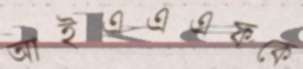
আইএএএফকে